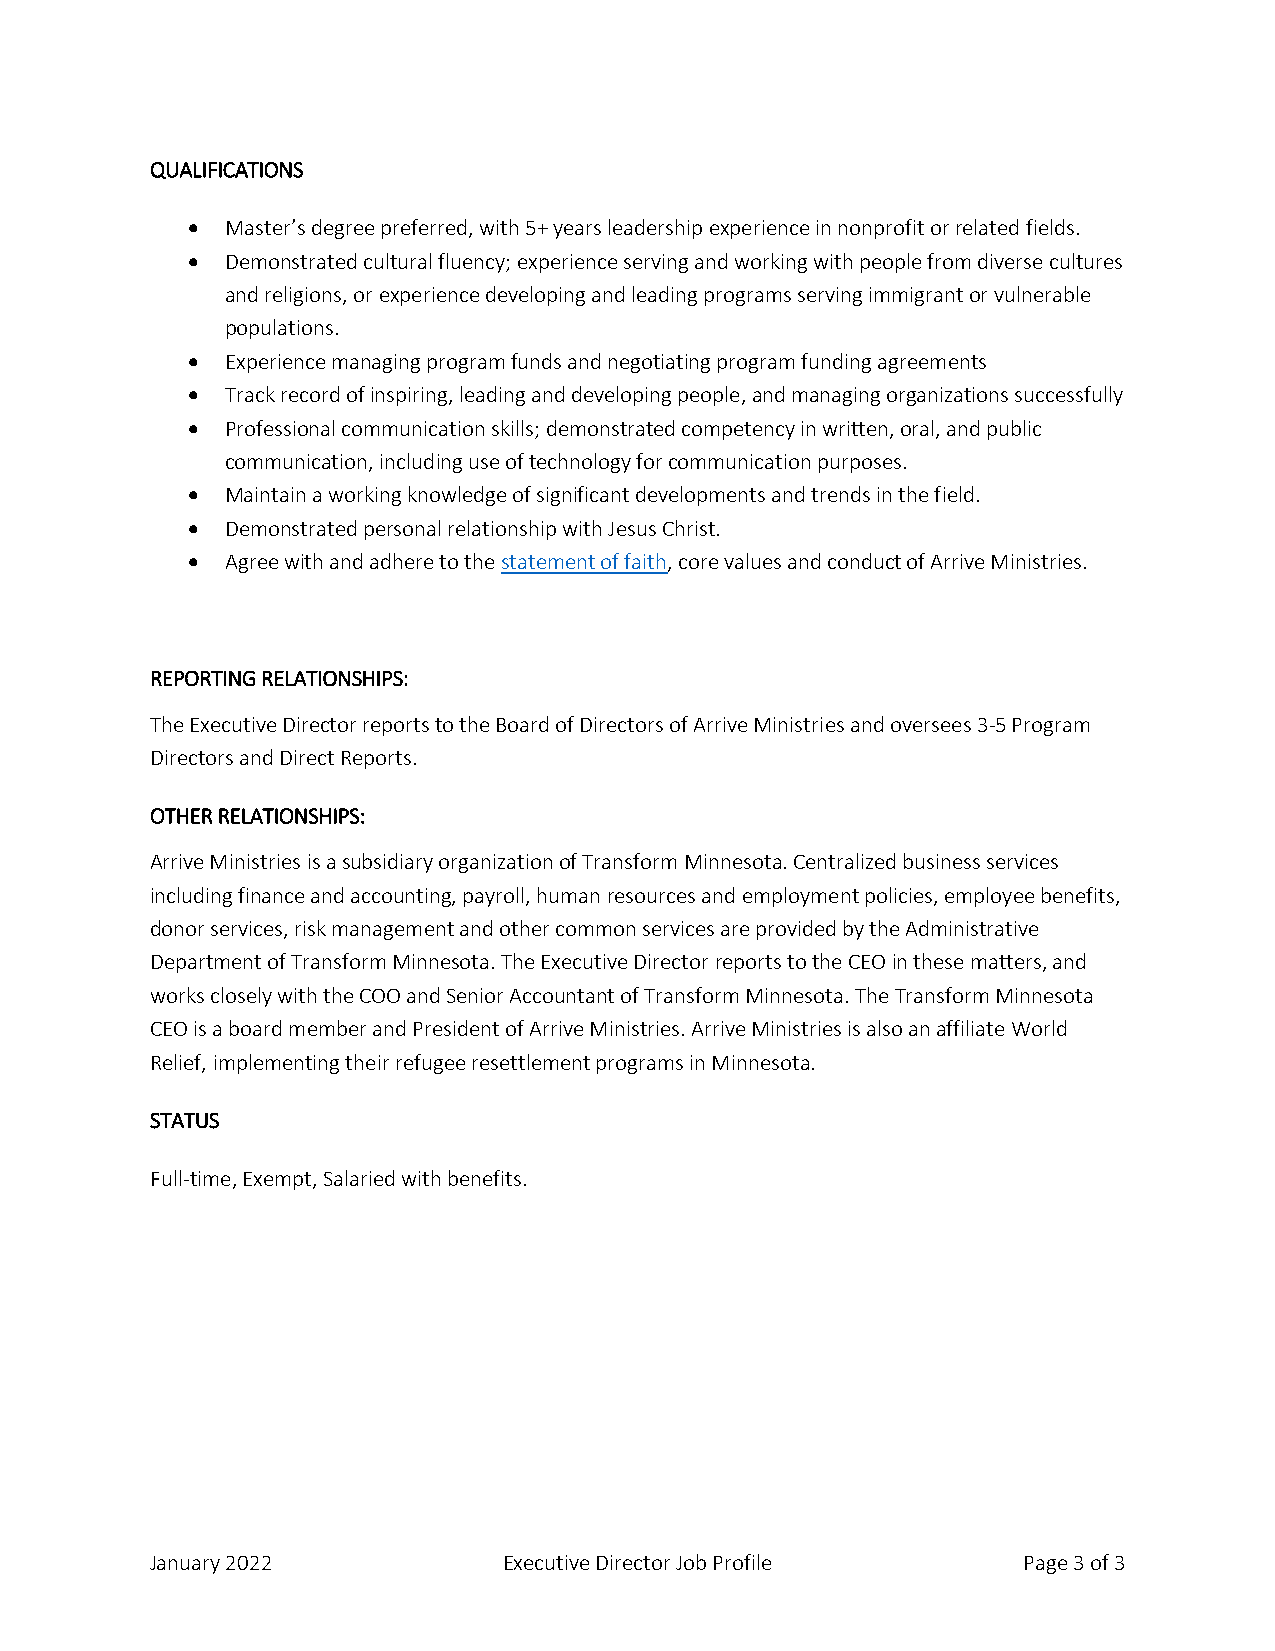
QUALIFICATIONS
 •  Master’s degree preferred, with 5+ years leadership experience in nonprofit or related fields.
 •  Demonstrated cultural fluency; experience serving and working with people from diverse cultures
 and religions, or experience developing and leading programs serving immigrant or vulnerable
 populations.
 •  Experience managing program funds and negotiating program funding agreements
 •  Track record of inspiring, leading and developing people, and managing organizations successfully
 •  Professional communication skills; demonstrated competency in written, oral, and public
 communication, including use of technology for communication purposes.
 •  Maintain a working knowledge of significant developments and trends in the field.
 •  Demonstrated personal relationship with Jesus Christ.
 •  Agree with and adhere to the statement of faith, core values and conduct of Arrive Ministries.
 REPORTING RELATIONSHIPS:
 The Executive Director reports to the Board of Directors of Arrive Ministries and oversees 3-5 Program
 Directors and Direct Reports.
 OTHER RELATIONSHIPS:
 Arrive Ministries is a subsidiary organization of Transform Minnesota. Centralized business services
 including finance and accounting, payroll, human resources and employment policies, employee benefits,
 donor services, risk management and other common services are provided by the Administrative
 Department of Transform Minnesota. The Executive Director reports to the CEO in these matters, and
 works closely with the COO and Senior Accountant of Transform Minnesota. The Transform Minnesota
 CEO is a board member and President of Arrive Ministries. Arrive Ministries is also an affiliate World
 Relief, implementing their refugee resettlement programs in Minnesota.
 STATUS
 Full-time, Exempt, Salaried with benefits.
 January 2022           Executive Director Job Profile     Page 3 of 3